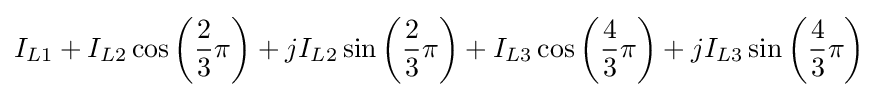
I_{L1}+I_{L2}\cos \left({\frac {2}{3}}\pi \right)+jI_{L2}\sin \left({\frac {2}{3}}\pi \right)+I_{L3}\cos \left({\frac {4}{3}}\pi \right)+jI_{L3}\sin \left({\frac {4}{3}}\pi \right)